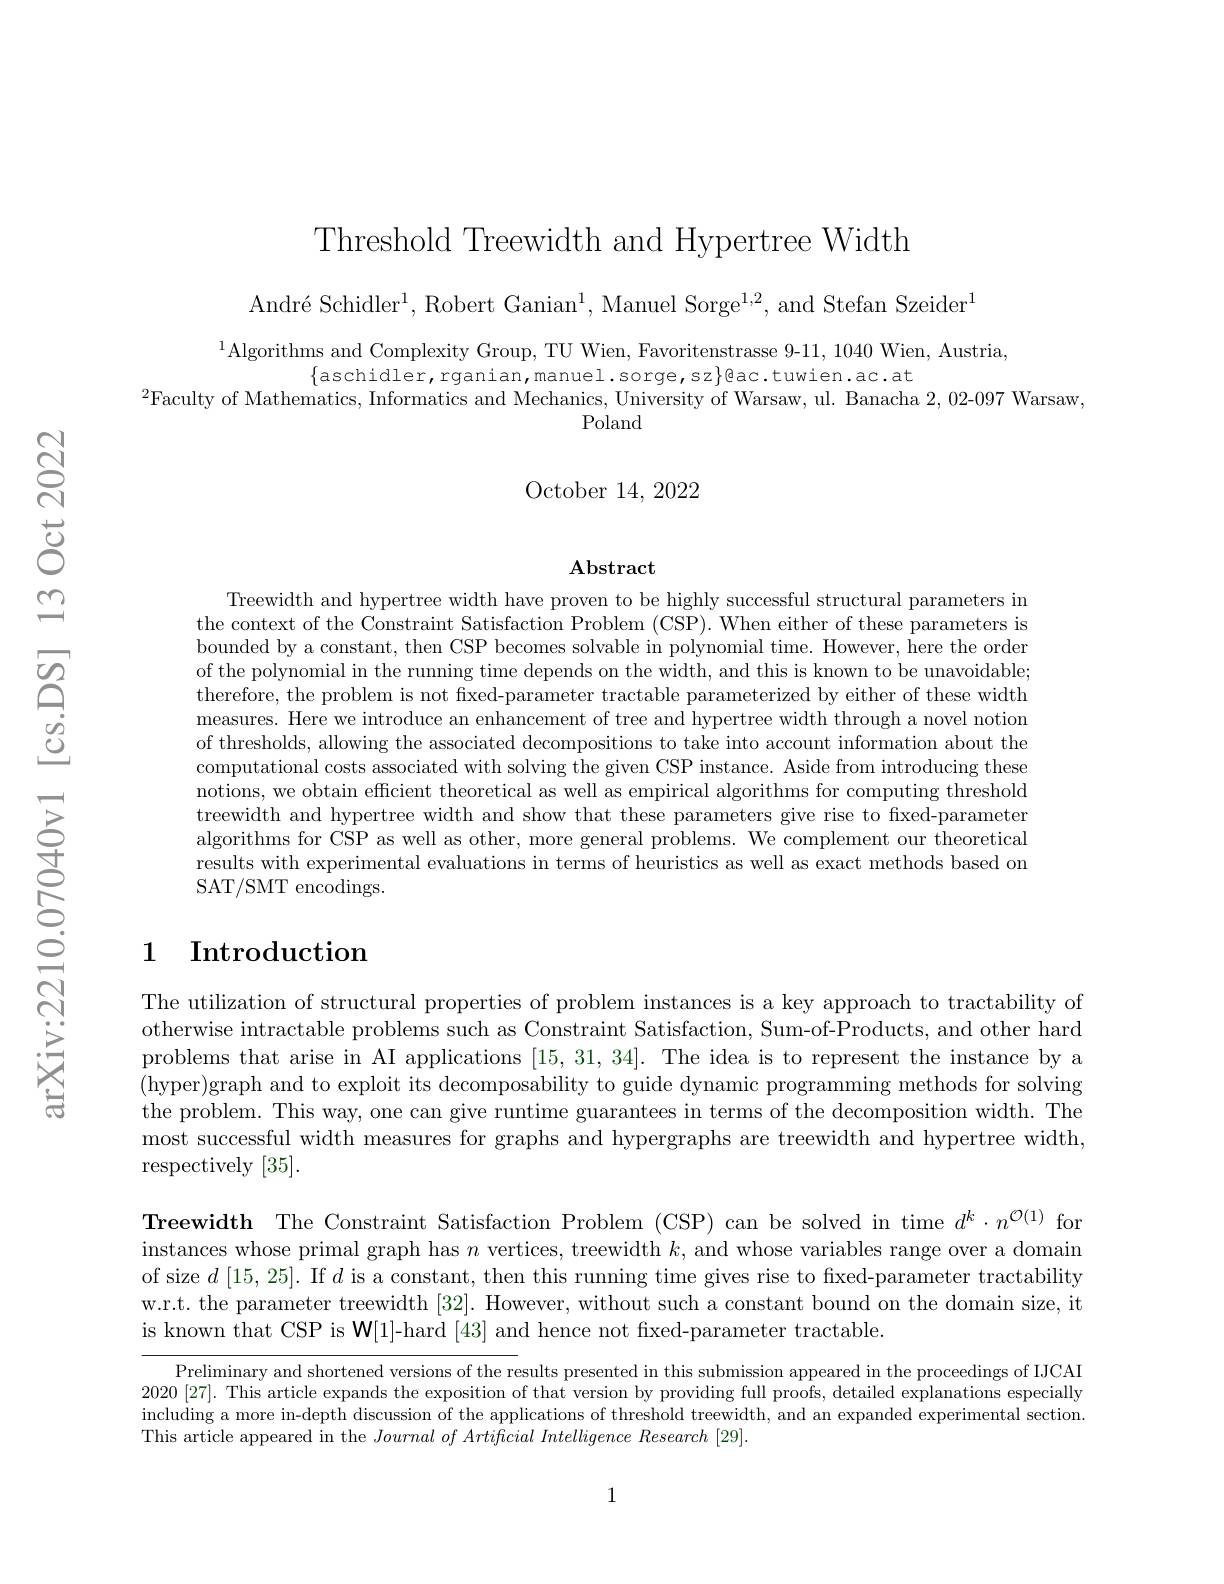
Threshold Treewidth and Hypertree Width

André Schidler$^1$,Robert Ganian$^1$,Manuel Sorge$^1,2$,and Stefan Szeider$^1$

$^{1}$Algorithms and Complexity Group, TU Wien, Favoritenstrasse 9-11, 1040 Wien, Austria,
$\{$aschidler,rganian,manuel.sorge,sz$\}$@ac.tuwien.ac.at
$^{2}$Faculty of Mathematics, Informatics and Mechanics, University of Warsaw, ul. Banacha 2,02-097 Warsaw,
Poland

### October 14, 2022

$\mathbf{Abstract}$

Treewidth and hypertree width have proven to be highly successful structural parameters in the context of the Constraint Satisfaction Problem (CSP). When either of these parameters is bounded by a constant, then CSP becomes solvable in polynomial time. However, here the order of the polynomial in the running time depends on the width, and this is known to be unavoidable; therefore, the problem is not fxed-parameter tractable parameterized by either of these width measures. Here we introduce an enhancement of tree and hypertree width through a novel notion of thresholds, allowing the associated decompositions to take into account information about the computational costs associated with solving the given CSP instance. Aside from introducing these notions, we obtain efficient theoretical as well as empirical algorithms for computing threshold treewidth and hypertree width and show that these parameters give rise to fixed-parameten algorithms for CSP as well as other, more general problems. We complement our theoretical results with experimental evaluations in terms of heuristics as well as exact methods based om SAT/SMT encodings.

## 1 $\textbf{Introduction}$

The utilization of structural properties of problem instances is a key approach to tractability of otherwise intractable problems such as Constraint Satisfaction, Sum-of-Products, and other hard problems that arise in AI applications [15,31,34]. The idea is to represent the instance by a (hyper)graph and to exploit its decomposability to guide dynamic programming methods for solving the problem. This way, one can give runtime guarantees in terms of the decomposition width. The most successful width measures for graphs and hypergraphs are treewidth and hypertree width, respectively [35].

Treewidth The Constraint Satisfaction Problem (CSP) can be solved in time $d^k\cdot n^{\mathcal{O}(1)}$ for

instances whose primal graph has $n$ vertices, treewidth $k$, and whose variables range over a domain of size $d\left[15,25\right].$ If $d$ is a constant, then this running time gives rise to fixed-parameter tractability w.r.t. the parameter treewidth [32]. However, without such a constant bound on the domain size, it is known that CSP is W[1]-hard [43] and hence not fixed-parameter tractable.

Preliminary and shortened versions of the results presented in this submission appeared in the proceedings of IJCAI 2020 [27]. This article expands the exposition of that version by providing full proofs, detailed explanations especially including a more in-depth discussion of the applications of threshold treewidth, and an expanded experimental section. This article appeared in the $Journal\textit{ of Artificial Intelligence Research [ 29] . }$

1